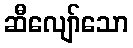
ဆီလျော်သော